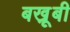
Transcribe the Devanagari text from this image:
बखू़बी